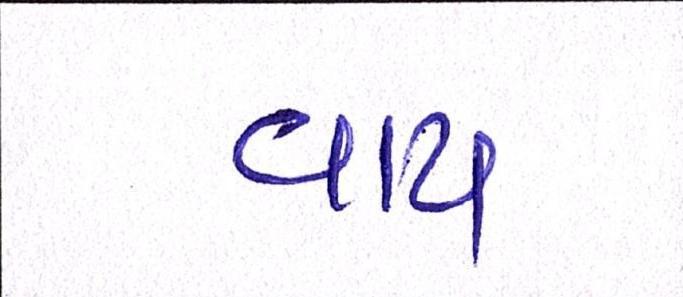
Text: વાય